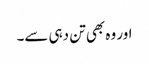
اور وہ بھی تن دہی سے۔